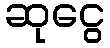
ဆုငွေ